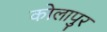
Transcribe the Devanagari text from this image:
कोलापुर